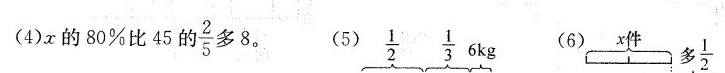
(4)χ的80%比45的\frac {2}{5}多8。 (5) \frac{1}{2} \frac{1}{3} 6kg (6)x件 多\frac{1}{2}